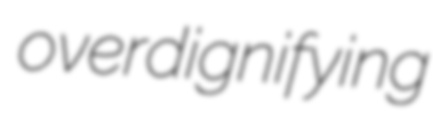
overdignifying